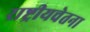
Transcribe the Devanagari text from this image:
राष्ट्रीयचेतना